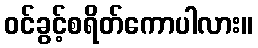
ဝင်ခွင့်စရိတ်ကောပါလား။